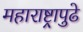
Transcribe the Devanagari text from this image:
महाराष्ट्रापुढे